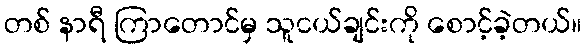
တစ် နာရီ ကြာတောင်မှ သူငယ်ချင်းကို စောင့်ခဲ့တယ်။